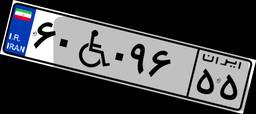
۶۳W۳۱۰۸۳